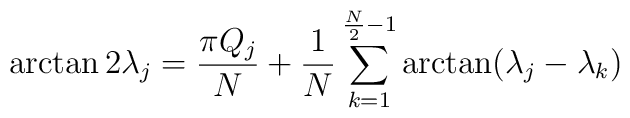
\arctan 2\lambda_{j}=\frac{\pi Q_{j}}{N}+\frac{1}{N}\sum_{k=1}^{\frac{N}{2}-1}\arctan (\lambda_{j} -\lambda_{k})